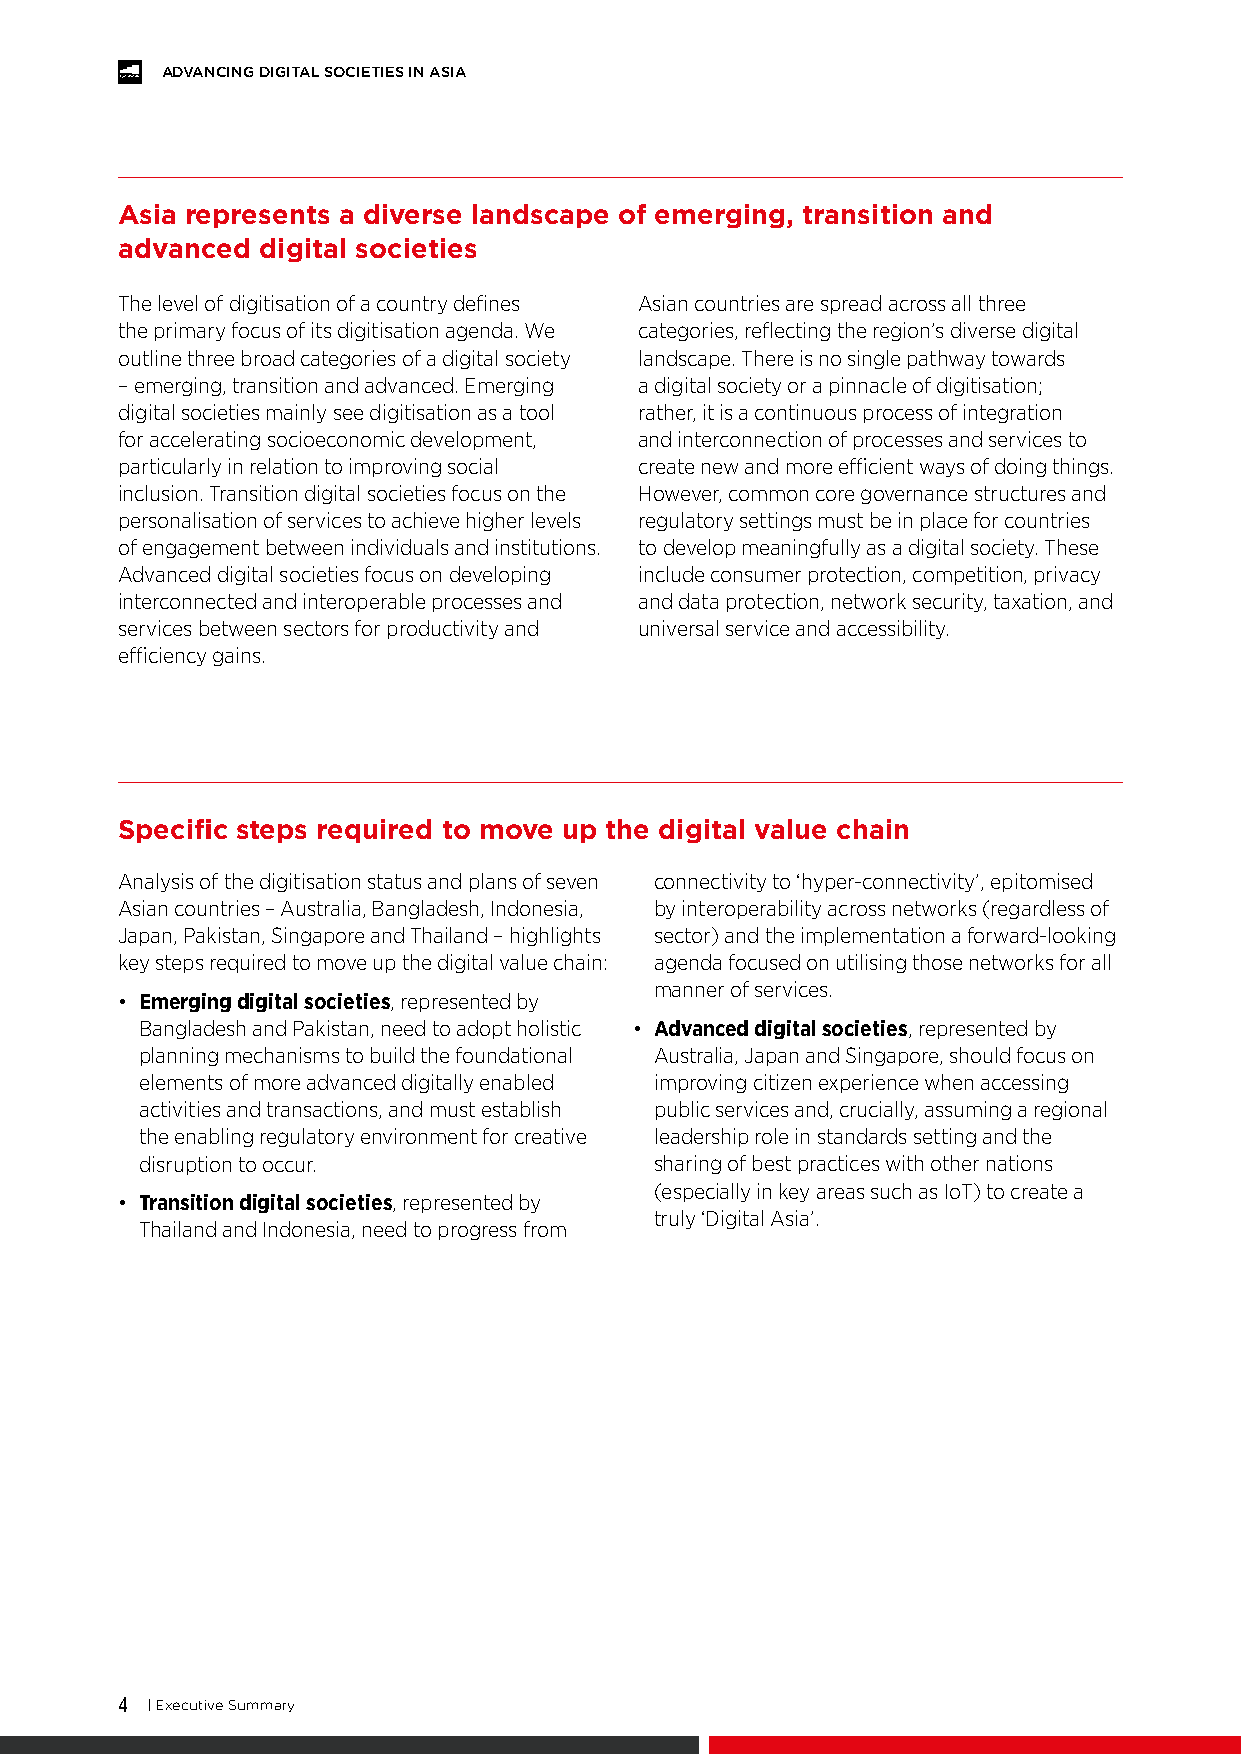
ADVANCING DIGITAL SOCIETIES IN ASIA
 Asia represents a diverse landscape of emerging, transition and
 advanced digital societies
 The level of digitisation of a country defines Asian countries are spread across all three
 the primary focus of its digitisation agenda. We categories, reflecting the region’s diverse digital
 outline three broad categories of a digital society landscape. There is no single pathway towards
 – emerging, transition and advanced. Emerging a digital society or a pinnacle of digitisation;
 digital societies mainly see digitisation as a tool rather, it is a continuous process of integration
 for accelerating socioeconomic development, and interconnection of processes and services to
 particularly in relation to improving social create new and more efficient ways of doing things.
 inclusion. Transition digital societies focus on the However, common core governance structures and
 personalisation of services to achieve higher levels regulatory settings must be in place for countries
 of engagement between individuals and institutions. to develop meaningfully as a digital society. These
 Advanced digital societies focus on developing include consumer protection, competition, privacy
 interconnected and interoperable processes and and data protection, network security, taxation, and
 services between sectors for productivity and universal service and accessibility.
 efficiency gains.
 Specific steps required to move up the digital value chain
 Analysis of the digitisation status and plans of seven connectivity to ‘hyper-connectivity’, epitomised
 Asian countries – Australia, Bangladesh, Indonesia, by interoperability across networks (regardless of
 Japan, Pakistan, Singapore and Thailand – highlights sector) and the implementation a forward-looking
 key steps required to move up the digital value chain: agenda focused on utilising those networks for all
 manner of services.
 • Emerging digital societies, represented by
 Bangladesh and Pakistan, need to adopt holistic • Advanced digital societies, represented by
 planning mechanisms to build the foundational Australia, Japan and Singapore, should focus on
 elements of more advanced digitally enabled improving citizen experience when accessing
 activities and transactions, and must establish public services and, crucially, assuming a regional
 the enabling regulatory environment for creative leadership role in standards setting and the
 disruption to occur.              sharing of best practices with other nations
 (especially in key areas such as IoT) to create a
 • Transition digital societies, represented by
 truly ‘Digital Asia’.
 Thailand and Indonesia, need to progress from
 4 | Executive Summary